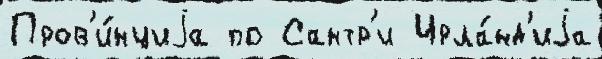
Пров'и́нциjа по Сантр'и Ирла́нд'иjа